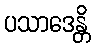
ပသာဒေန္တိ